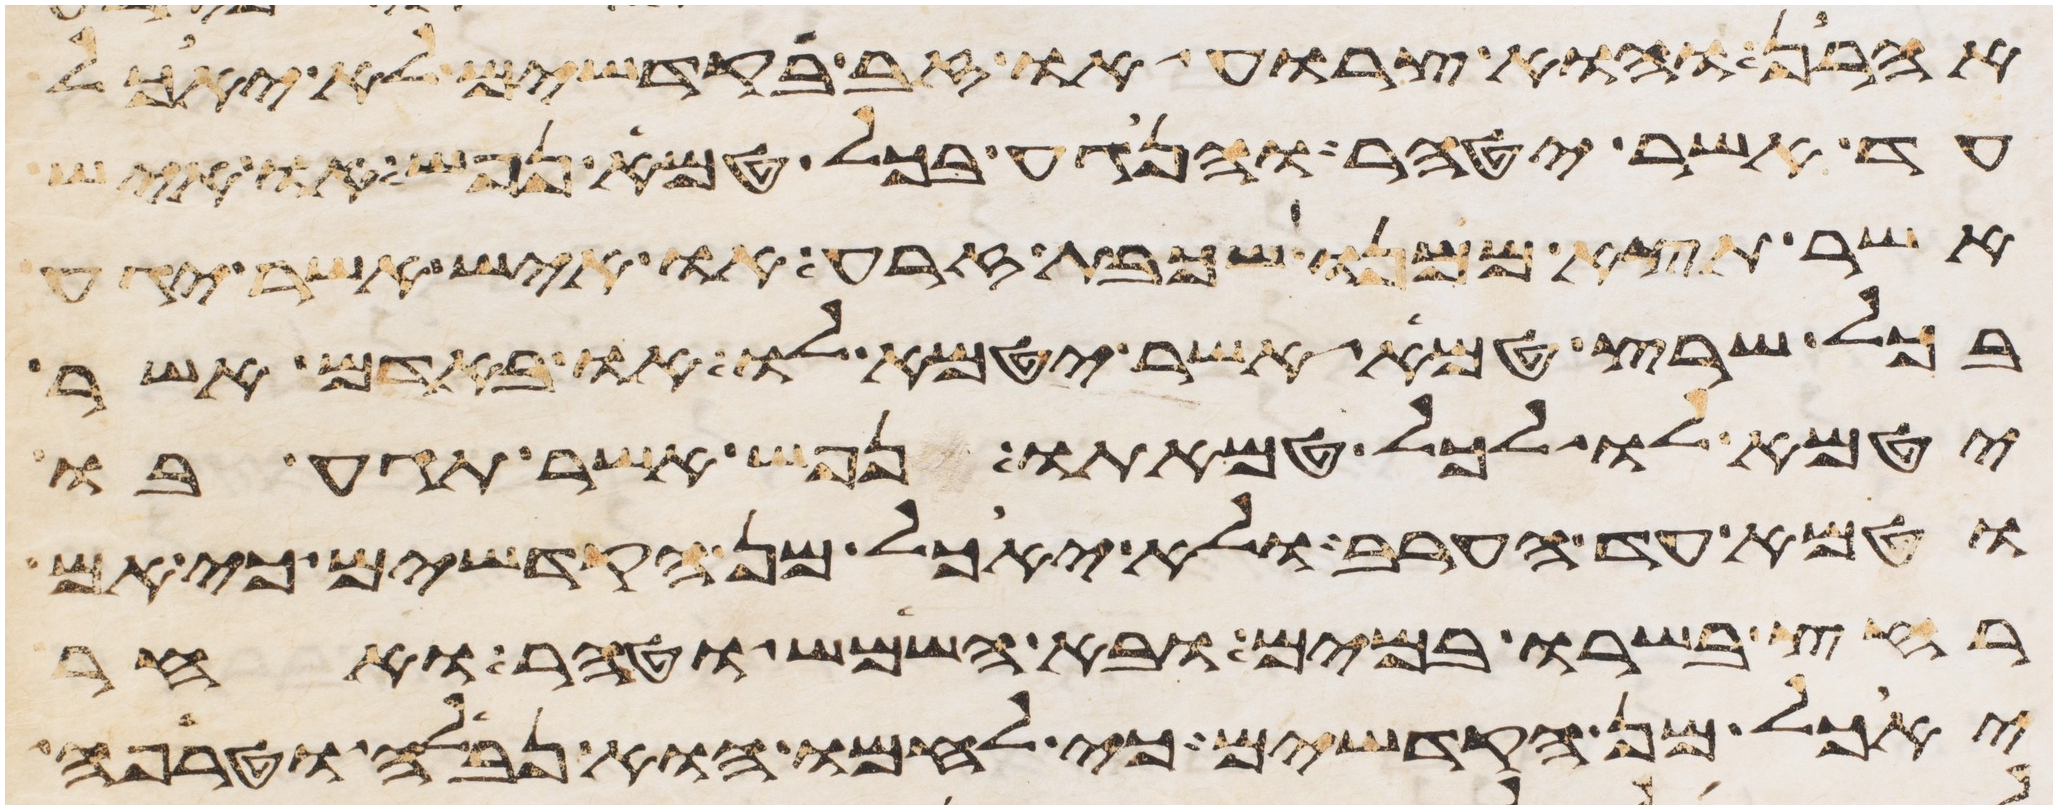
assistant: אהרן והוא צרוע או זב בקדשים לא יאכל
עד אשר יטהר והנגע בכל טמא נפש או איש
אשר תצא ממנו שכבת זרע או איש אשר יגע
בכל שרץ טמא אשר יטמא לו או באדם אשר
יטמא לו לכל טמאתו נפש אשר תגע בו
וטמא עד הערב ולא יאכל מן הקדשים כי אם
רחץ בשרו במים ובא השמש וטהר ואחר
יאכל מן הקדשים כי לחמו הוא נבלה וטרפה